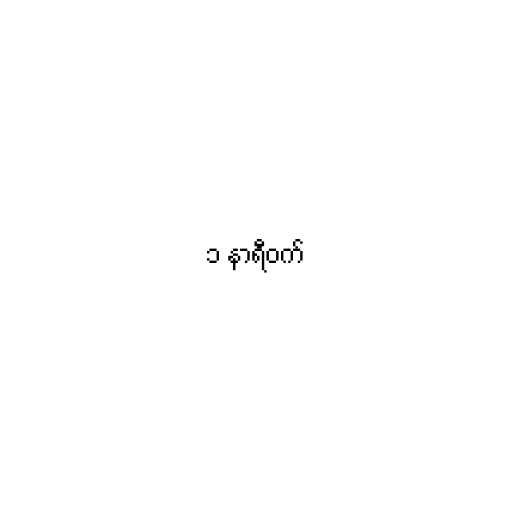
၁ နာရီဝက်